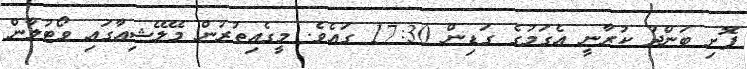
ފޮށި ބަންދު ކުރާނީ އެގަމުގެ ގަޑިން 17:30 ގައެވެ. މީގެއިތުރުން މޭލޭޝިއާގައި ވޯޓުލާން